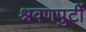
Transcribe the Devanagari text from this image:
श्रवणपुटीं